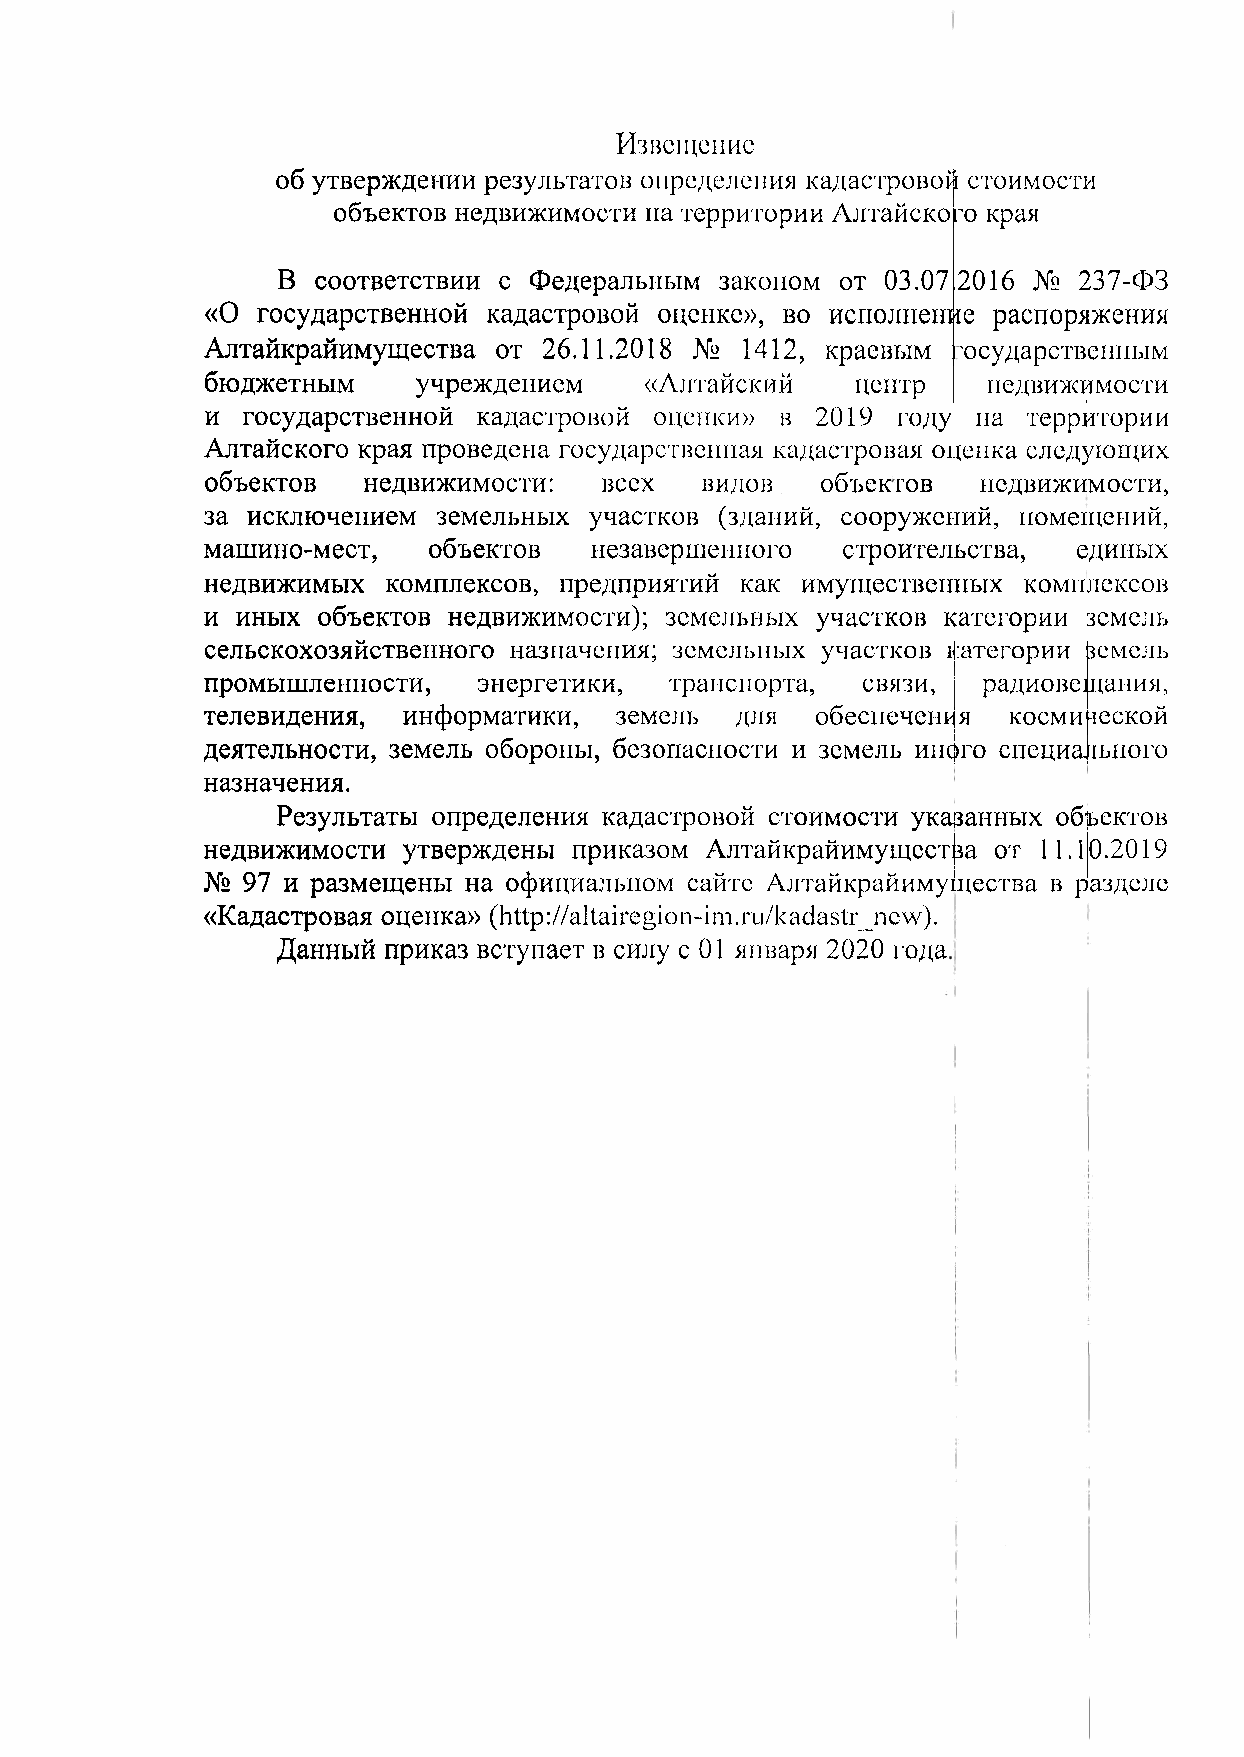
Извещение
 об утверждении результатов определения кадастровой стоимости
 объектов недвижимости па территории Алтайского края
 В  соответствии с Федеральным законом от 03.07 2016 № 2Э7-ФЗ
 «О государственной кадастровой оценке», во исполнение распоряжения
 Алтайкрайимущества от 26.11.2018 № 1412, краевым : 'осударственпым
 бюджетным     учреждением    «Алтайский    центр   недвижимости
 и государственной кадастровой оценки» в 2019 году  на территории
 Алтайского края проведена государственная кадастровая оценка следующих
 объектов  недвижимости:   всех  видов   объектов   недвижимости,
 за исключением земельных участков (зданий, сооружений, помещений,
 машино-мест,  объектов   незавершенного   строительства, единых
 недвижимых  комплексов, предприятий как имущественных комплексов
 и иных объектов недвижимости); земельных участков категории земель
 сельскохозяйственного назначения; земельных участков і< :атегории (земель
 промышленности,   энергетики, транспорта,  связи,  радиовещания,
 телевидения,  информатики,  земель  для  обеспечени я космической
 деятельности, земель обороны, безопасности и земель иного специального
 назначения.
 Результаты определения кадастровой стоимости указанных объектов
 недвижимости  утверждены приказом Алтайкрайимущества от 11.1 0.2019
 №  97 и размещены на официальном сайте Алтайкрайимуіцества в р азделе
 «Кадастровая оценка» (http://altairegion-im.ru/lcadastr_ncw).
 Данный приказ вступает в силу с 01 января 2020 года